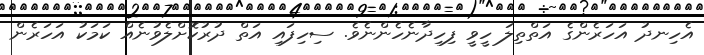
އެހިނދު އަހަރެންގެ އަތްތިލަ ހީވީ ފިހިދާނެހެންނެވެ. ސިހިފައި އަތް ދުރުކޮށްލެވުނެއް ކަމަކު އަހަރެން